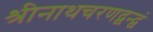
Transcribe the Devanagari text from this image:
श्रीनाथचरणद्वन्द्वं